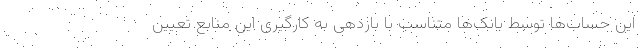
این حساب‌ها توسط بانک‌ها متناسب با بازدهی به کارگیری این منابع تعیین